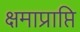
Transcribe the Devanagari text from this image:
क्षमाप्राप्ति